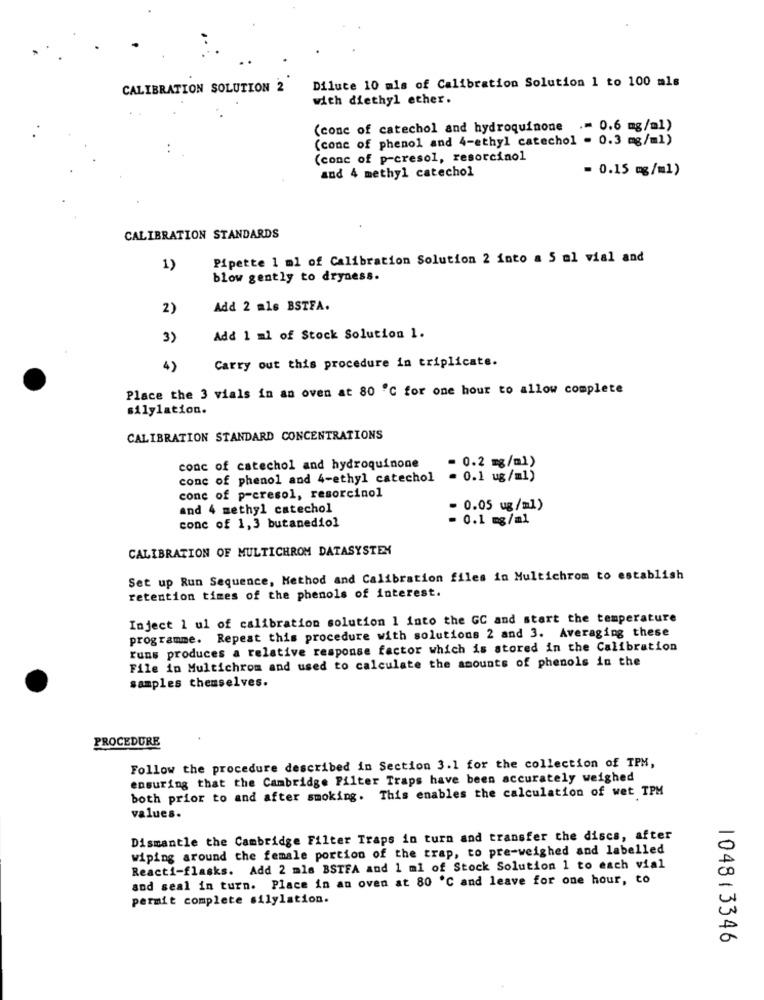
Dilute 10 mls of Calibration Solution 1 to 100 mls
CALIBRATION SOLUTION 2
with diethyl ether.
(conc of catechol and hydroquinone .= 0.6 mg/ml)
(conc of phenol and 4-ethyl catechol = 0.3 mg/ml)
(conc of p-cresol, resorcinol
and 4 methyl catechol
= 0.15 mg/m1)
CALIBRATION STANDARDS
Pipette 1 ml of Calibration Solution 2 into a 5 al vial and
1)
blow gently to dryness.
2)
Add 2 mls BSTFA.
3)
Add 1 ml of Stock Solution 1.
Carry out this procedure in triplicate.
4)
Place the 3 vials in an oven at 80 ℃ for one hour to allow complete
silylation.
CALIBRATION STANDARD CONCENTRATIONS
conc of catechol and hydroquinone
- 0.2 mg/ml)
conc of phenol and 4-ethyl catechol
= 0.1 ug/m1)
conc of p=cresol, resorcinol
and 4 methyl catechol
- 0.05 ug/ml)
- 0.1 mg/ml
conc of 1,3 butanediol
CALIBRATION OF MULTICHROM DATASYSTEM
Set up Run Sequence, Method and Calibration files in Multichrom to establish
retention times of the phenols of interest.
Inject 1 ul of calibration solution 1 into the GC and start the temperature
programme. Repeat this procedure with solutions 2 and 3. Averaging these
runs produces a relative response factor which is stored in the Calibration
File in Multichrom and used to calculate the amounts of phenols in the
samples themselves.
PROCEDURE
Follow the procedure described in Section 3.1 for the collection of TPM,
ensuring that the Cambridge Filter Traps have been accurately weighed
both prior to and after smoking. This enables the calculation of wet TPM
values.
Dismantle the Cambridge Filter Traps in turn and transfer the discs, after
wiping around the female portion of the trap, to pre-weighed and labelled
Reacti-flasks. Add 2 mls BSTFA and 1 ml of Stock Solution 1 to each vial
and seal in turn. Place in an oven at 80 ℃ and leave for one hour, to
permit complete silylation.
10481 3346